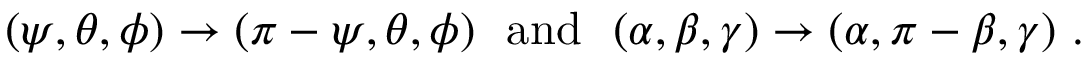
( \psi , \theta , \phi ) \to ( \pi - \psi , \theta , \phi ) \ \ \mathrm { a n d } \ \ ( \alpha , \beta , \gamma ) \to ( \alpha , \pi - \beta , \gamma ) \ .